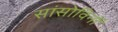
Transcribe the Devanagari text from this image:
सांसोविनों